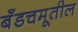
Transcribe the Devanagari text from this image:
बँडचमूतील